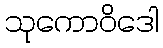
သုကောဝိဒေါ